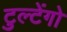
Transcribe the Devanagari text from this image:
टुल्टेंगो